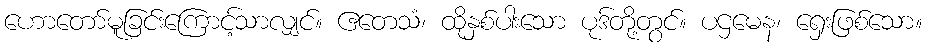
ဟောတော်မူခြင်းကြောင့်သာလျှင်။ ဧတေသံ၊ ထိုနှစ်ပါးသော ပုဒ်တို့တွင်။ ပဌမေန၊ ရှေးဖြစ်သော။